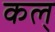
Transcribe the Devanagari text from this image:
कल्‌